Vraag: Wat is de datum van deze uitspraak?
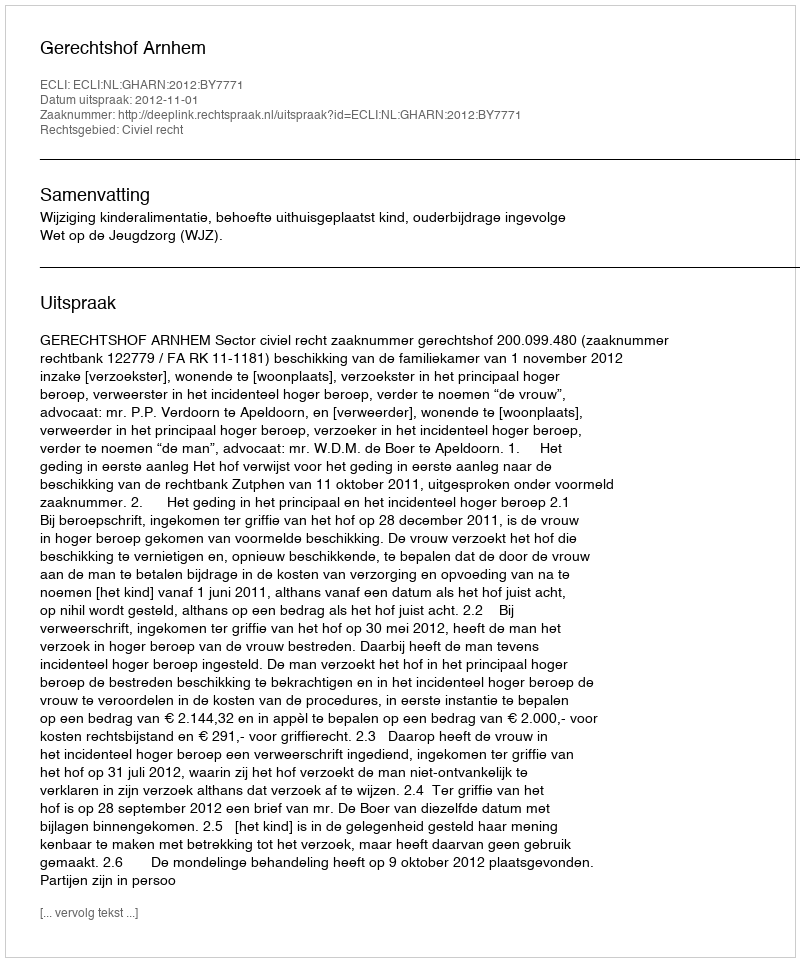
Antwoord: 2012-11-01